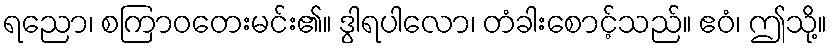
ရညော၊ စကြာဝတေးမင်း၏။ ဒွါရပါလော၊ တံခါးစောင့်သည်။ ဧဝံ၊ ဤသို့။